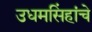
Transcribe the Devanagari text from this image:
उधमसिंहांचे